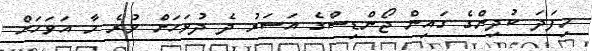
މިފަދަ ކުދިންގެ ގައިން ޖޯންޑިސްގެ އަސަރު ދެ ދުވަހަށް ވުރެ މާ އަވަހަށް